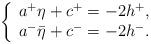
LaTeX: \begin{align*}\left\{ \begin{array}{c}a^+\eta+c^+=-2h^+,\\a^-\bar{\eta}+c^-=-2h^-.\end{array} \right.\end{align*}